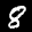
Label: 8